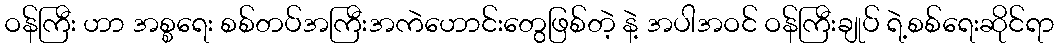
ဝန်ကြီး ဟာ အစ္စရေး စစ်တပ်အကြီးအကဲဟောင်းတွေဖြစ်တဲ့ နဲ့ အပါအဝင် ဝန်ကြီးချုပ် ရဲ့စစ်ရေးဆိုင်ရာ